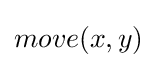
move(x,y)